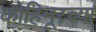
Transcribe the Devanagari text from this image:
कोहिनूरच्या